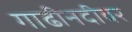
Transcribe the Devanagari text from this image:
गाढीनदीवर